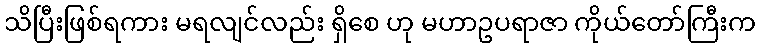
သိပြီးဖြစ်ရကား မရလျင်လည်း ရှိစေ ဟု မဟာဥပရာဇာ ကိုယ်တော်ကြီးက